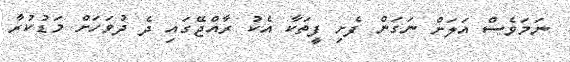
ނަމަވެސް އަލަށް ނަގަން ފެށި ފީތަކާ އެކު ރާއްޖޭގައި ދެ ދުވަހަށް މަޑުކުރާ